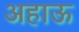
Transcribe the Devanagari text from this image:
अहाऊ